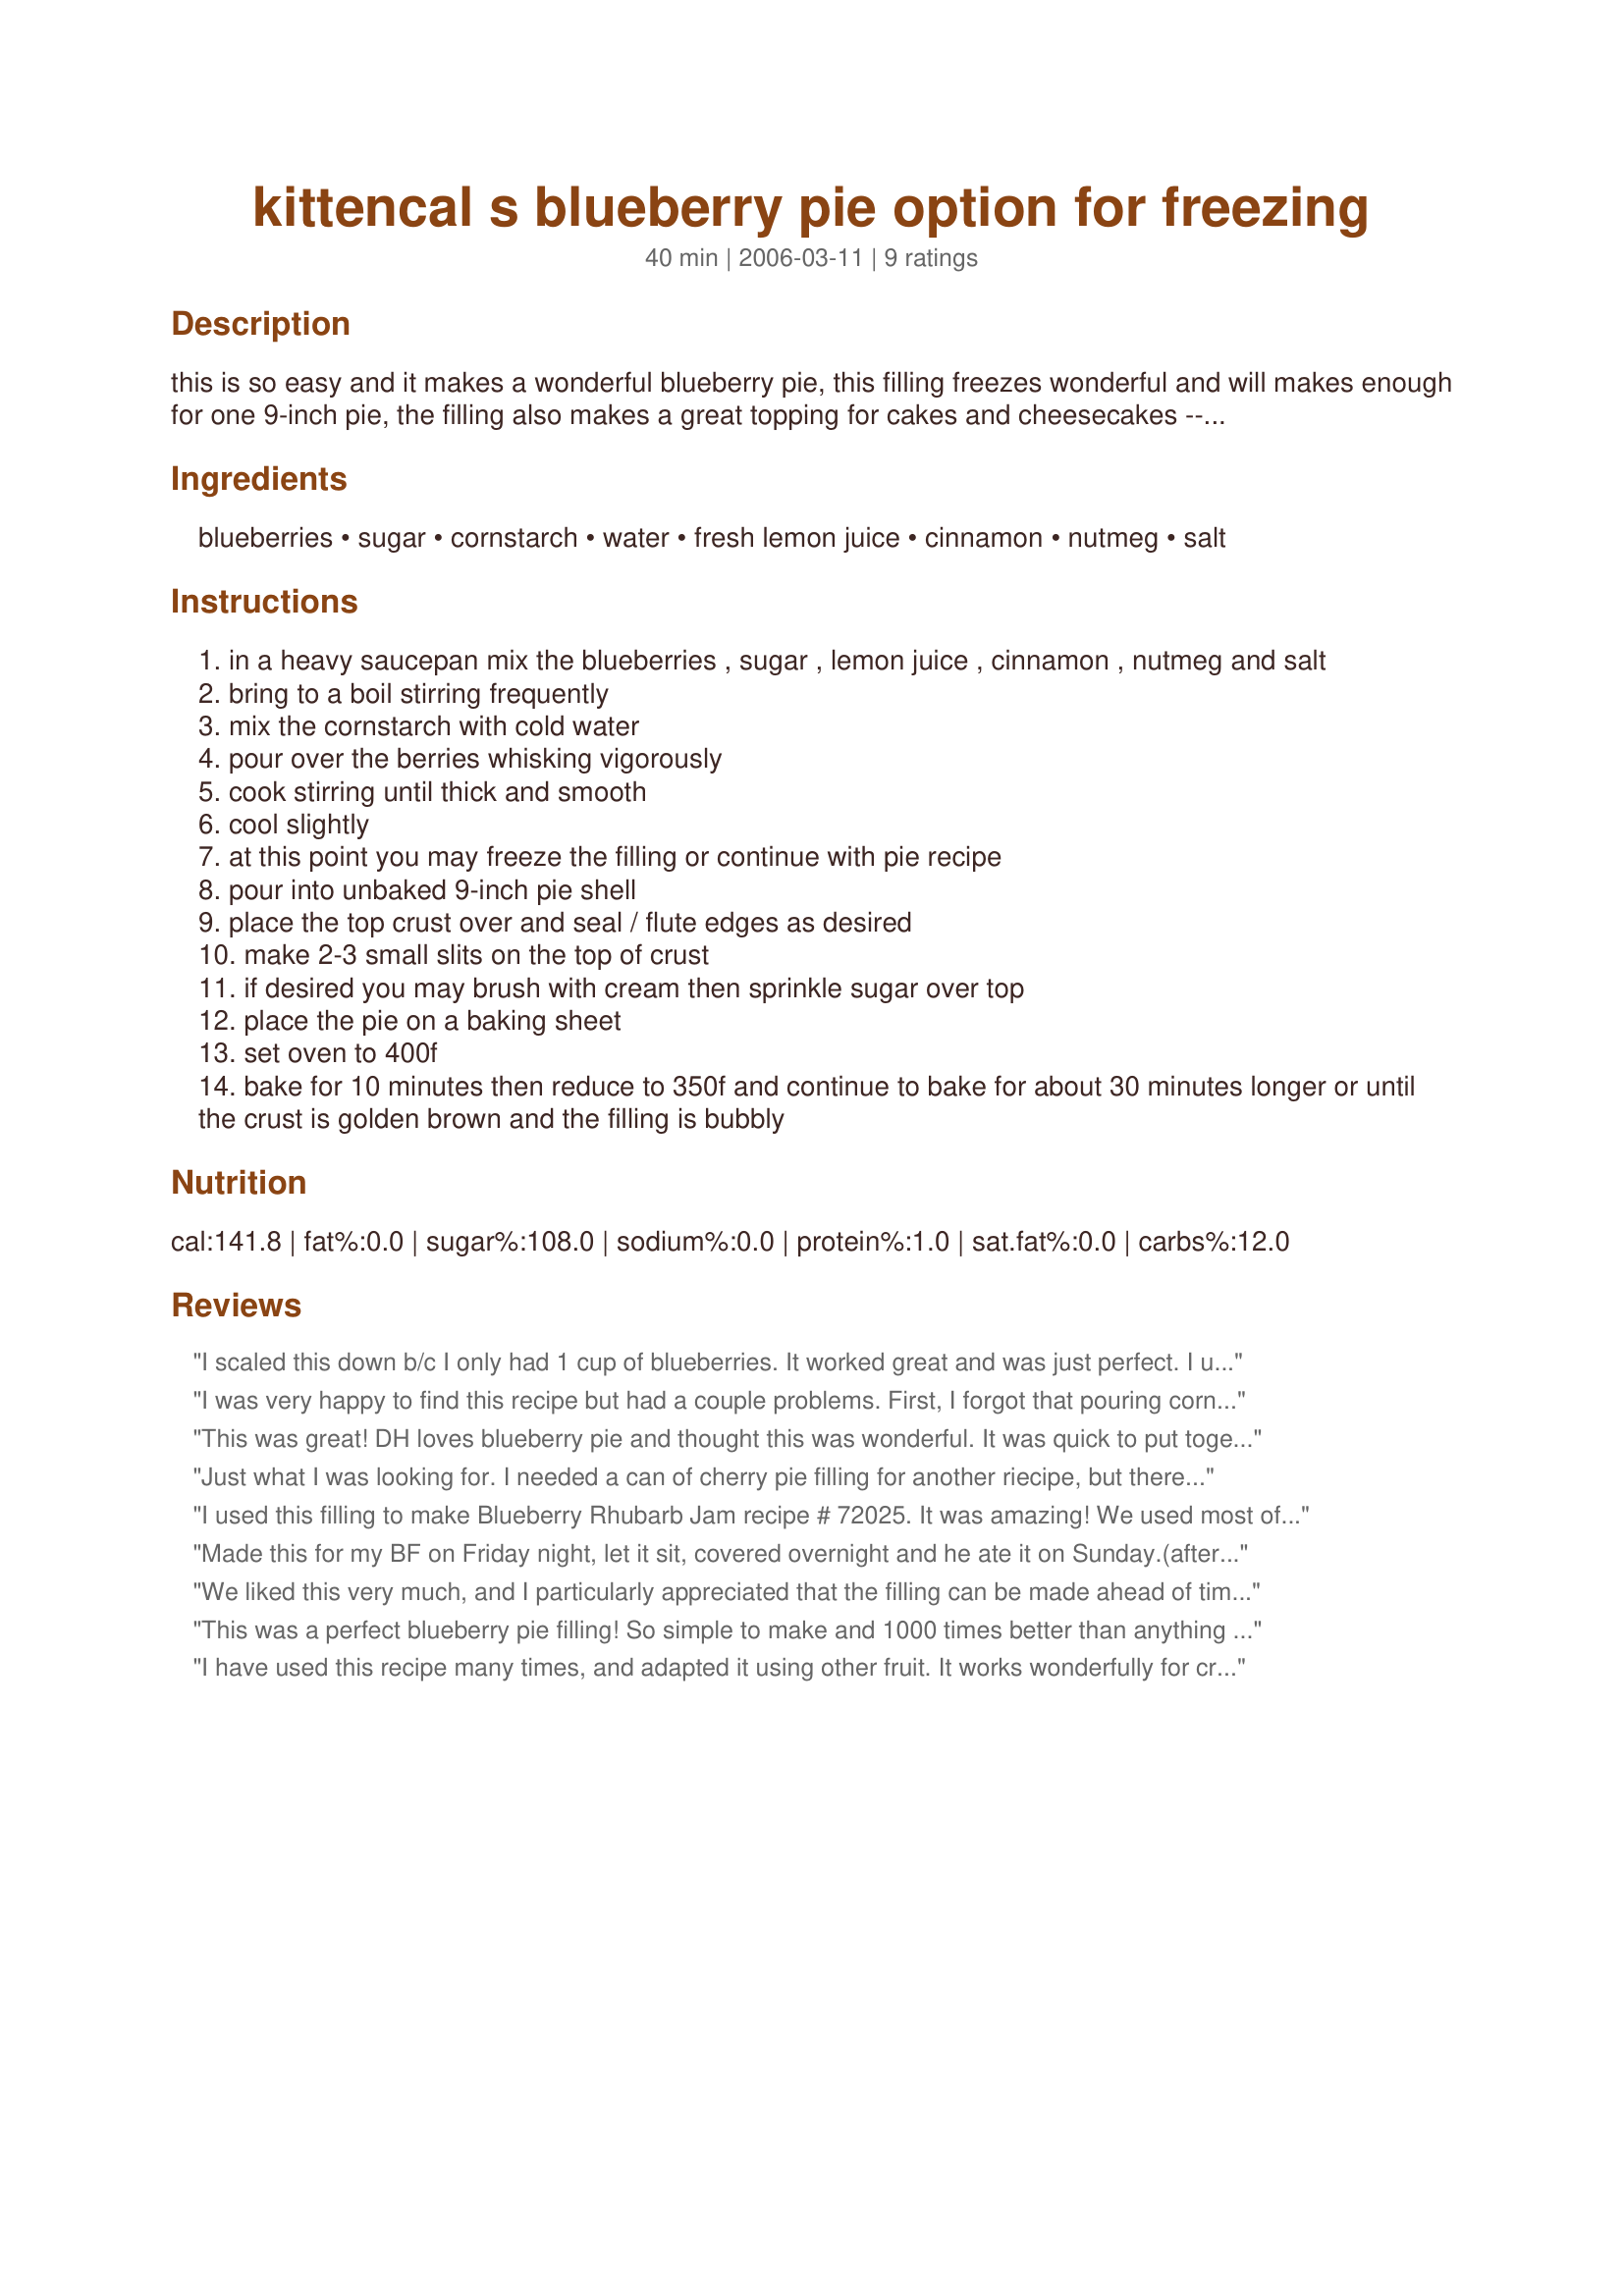
kittencal s blueberry pie option for freezing
Preparation time: 40 minutes

this is so easy and it makes a wonderful blueberry pie, this filling freezes wonderful and will makes enough for one 9-inch pie, the filling also makes a great topping for cakes and cheesecakes --- you may make the filling up to step 4 and then freeze in a plastic container, if you are doubling the recipe prepare two separate recipes and make in two saucepans, i do not recommend to double into one.

Ingredients:
blueberries, sugar, cornstarch, water, fresh lemon juice, cinnamon, nutmeg, salt

Steps:
in a heavy saucepan mix the blueberries , sugar , lemon juice , cinnamon , nutmeg and salt
bring to a boil stirring frequently
mix the cornstarch with cold water
pour over the berries whisking vigorously
cook stirring until thick and smooth
cool slightly
at this point you may freeze the filling or continue with pie recipe
pour into unbaked 9-inch pie shell
place the top crust over and seal / flute edges as desired
make 2-3 small slits on the top of crust
if desired you may brush with cream then sprinkle sugar over top
place the pie on a baking sheet
set oven to 400f
bake for 10 minutes then reduce to 350f and continue to bake for about 30 minutes longer or until the crust is golden brown and the filling is bubbly

Reviews:
I scaled this down b/c I only had 1 cup of blueberries. It worked great and was just perfect. I used it in Recipe #193100. Very tasty!!
I was very happy to find this recipe but had a couple problems. First, I forgot that pouring cornstarch paste into a hot mix can create cornstarch lumps (which it did) and it turned out thicker than I would have liked. I tried this recipe again but reduced the cornstarch from 1/3 to 1/4 cup and then mixed the dry cornstarch with the dry sugar and it turned out perfect.
This was great! DH loves blueberry pie and thought this was wonderful. It was quick to put together and I loved that I could make the filling ahead of time and throw together later. Based on some reviews, I mixed the cornstarch with the sugar before adding it to the rest of the ingredients. Mine also took closer to 45 mintues at 350 as opposed to the 30 recommended. Still, it was a great pie! Thanks!
Just what I was looking for. I needed a can of cherry pie filling for another riecipe, but there are no cans of pie filling in France so I halved this one and tried it with cherries. Perfect. And much tastier than a can. I used cherry juice for the water. This will bail me out of a lot of pie filling problems from here on out, with many kinds of fruit.
I used this filling to make Blueberry Rhubarb Jam recipe # 72025. It was amazing! We used most of it in the jam, but then saved a little to eat on waffles & icecream. Yum. I used 2/3 c flour instead of 1/3 c cornstarch and it thickened up just fine. I loved the fresh lemon juice, it really made the flavors pop!
Made this for my BF on Friday night, let it sit, covered overnight and he ate it on Sunday.(after being in the fridge all day Saturday). He loved it. Not to sweet, didn&#039;t run or drip. Since it was my first time making a 2 crust pie I was very pleased with the results. Will definitely be making again, will use different fruits as well. thanks for an easy and delicious recipe..
We liked this very much, and I particularly appreciated that the filling can be made ahead of time. I mixed the sugar and cornstarch together, than added it to frozen berries and stirred them together several times as the berries thawed and released juice. I reduced the lemon juice to 2 tablespoons (request of DH who prefers a cinnamon accent with blueberries), and added about 3 tablespoons of water to compensate for my changes. Then I cooked and cooled the thickened filling, baking the pie later in the day...excellent flavour and convenience.
This was a perfect blueberry pie filling! So simple to make and 1000 times better than anything out of a can. Actually used it in Blueberry Upside-Down Cake Recipe #151270. Thanks Kitten - will make this again!
I have used this recipe many times, and adapted it using other fruit. It works wonderfully for crisps as well. Sometimes I use a bit of almond extract instead of the cinnamon. A keeper!
